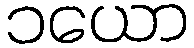
၁ယော